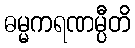
ဓမ္မကရဏမ္ပီတိ